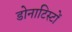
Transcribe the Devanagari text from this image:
डोनाटिस्टों